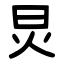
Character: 炅